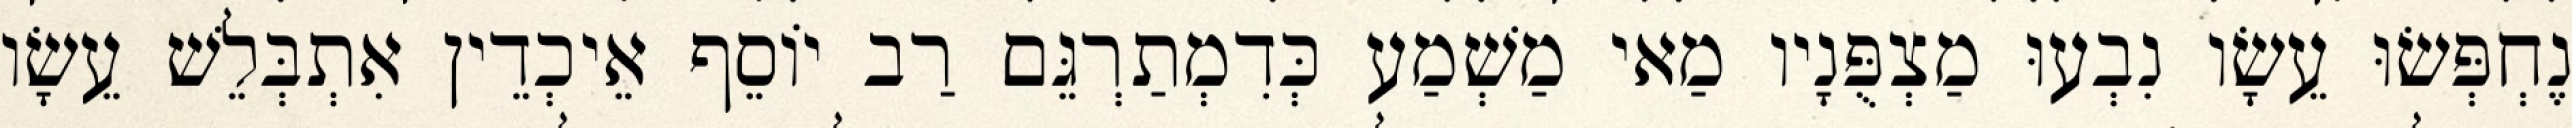
נֶחְפְּשׂוּ עֵשָׂו נִבְעוּ מַצְפֻּנָיו מַאי מַשְׁמַע כְּדִמְתַרְגֵּם רַב יוֹסֵף אֵיכְדֵין אִתְבְּלֵשׁ עֵשָׂו